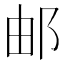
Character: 邮